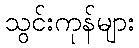
သွင်းကုန်များ